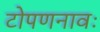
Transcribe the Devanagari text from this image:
टोपणनावः